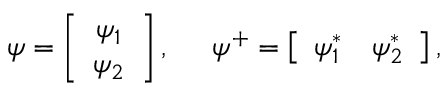
\psi = \left[ \begin{array} { c } { { \psi _ { 1 } } } \\ { { \psi _ { 2 } } } \end{array} \right] , \; \; \; \; \; \psi ^ { + } = \left[ \begin{array} { c c } { { \psi _ { 1 } ^ { * } } } & { { \psi _ { 2 } ^ { * } } } \end{array} \right] , \; \; \; \; \;